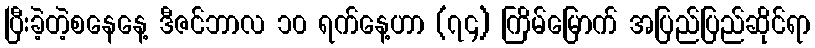
ပြီးခဲ့တဲ့စနေနေ့ ဒီဇင်ဘာလ ၁၀ ရက်နေ့ဟာ (၇၄) ကြိမ်မြောက် အပြည်ပြည်ဆိုင်ရာ